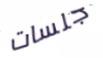
جلسات